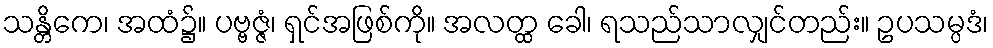
သန္တိကေ၊ အထံ၌။ ပဗ္ဗဇ္ဇံ၊ ရှင်အဖြစ်ကို။ အလတ္ထ ခေါ၊ ရသည်သာလျှင်တည်း။ ဥပသမ္ပဒံ၊